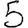
Digit: 5